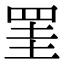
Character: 罣